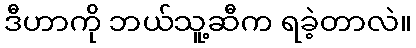
ဒီဟာကို ဘယ်သူ့ဆီက ရခဲ့တာလဲ။